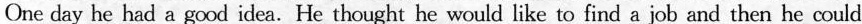
One day he had a good idea.He thought he would like to find a job and then he could